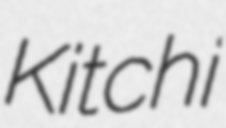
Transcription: Kitchi